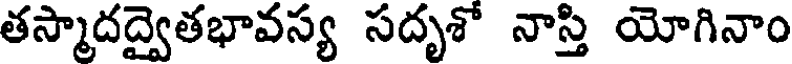
తస్మాదద్వైతభావస్య సదృశో నాస్తి యోగినాం